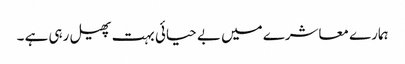
ہمارے معاشرے میں بے حیائی بہت پھیل رہی ہے ۔